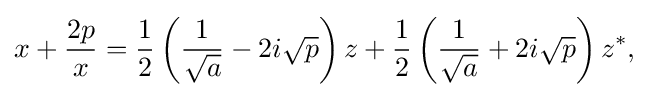
{\begin{aligned}x+{\frac {2p}{x}}={\frac {1}{2}}\left({\frac {1}{\sqrt {a}}}-2i{\sqrt {p}}\right)z+{\frac {1}{2}}\left({\frac {1}{\sqrt {a}}}+2i{\sqrt {p}}\right)z^{\ast },\end{aligned}}